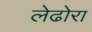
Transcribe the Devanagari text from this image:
लेढोरा